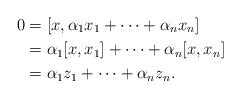
\begin{align*}0&=[x, \alpha_1 x_1+\dots + \alpha_{n}x_{n}] \cr&=\alpha_1[x,x_1]+\dots +\alpha_{n}[x, x_{n}] \cr&=\alpha_1 z_1+\dots + \alpha_{n} z_{n}.\end{align*}